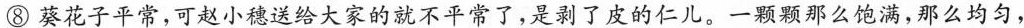
⑧葵花子平常，可赵小穗送给大家的就不平常了，是剥了皮的仁儿。一颗颗那么饱满，那么均匀，